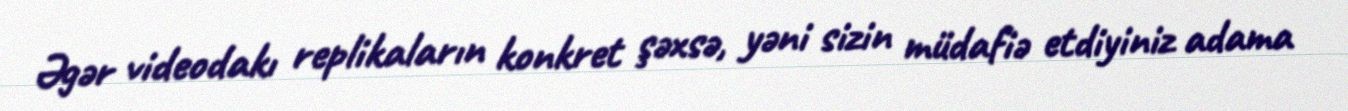
Əgər videodakı replikaların konkret şəxsə, yəni sizin müdafiə etdiyiniz adama